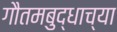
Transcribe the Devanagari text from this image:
गौतमबुद्धाच्या